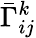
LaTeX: \bar{\Gamma}_{ij}^{k}